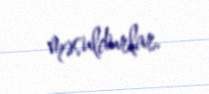
məsuldurlar.